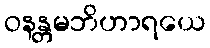
ဝနန္တမဘိဟာရယေ